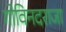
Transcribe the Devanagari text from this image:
गोविनदराजा